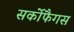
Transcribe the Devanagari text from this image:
सर्कोफैगस